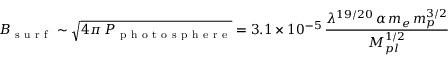
B _ { \mathrm { ~ s ~ u ~ r ~ f ~ } } \sim \sqrt { 4 \pi \, P _ { \mathrm { ~ p ~ h ~ o ~ t ~ o ~ s ~ p ~ h ~ e ~ r ~ e ~ } } } = 3 . 1 \times 1 0 ^ { - 5 } \, \frac { \lambda ^ { 1 9 / 2 0 } \, \alpha \, m _ { e } \, m _ { p } ^ { 3 / 2 } } { M _ { p l } ^ { 1 / 2 } }